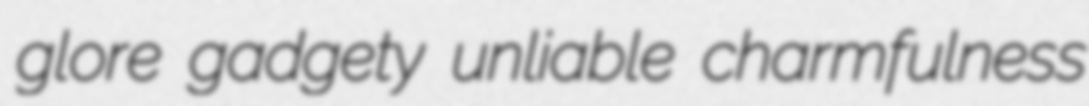
glore gadgety unliable charmfulness